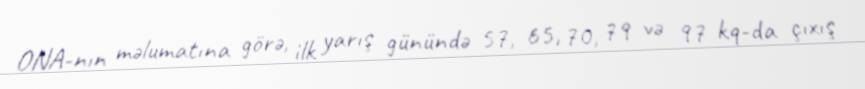
ONA-nın məlumatına görə, ilk yarış günündə 57, 65, 70, 79 və 97 kq-da çıxış